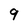
Character: 9